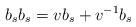
\begin{align*}b_sb_s=vb_s+v^{-1}b_s\end{align*}